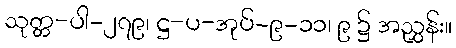
သုတ္တ-ပါ-၂၇၉၊ ဋ္ဌ-ပ-အုပ်-၉-၁၁၊ ၉ ၌ အညွှန်း။